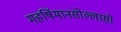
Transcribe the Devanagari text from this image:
महर्षिमानसोल्लासो